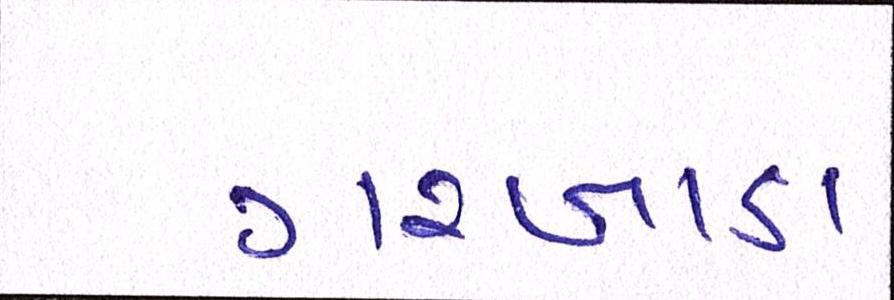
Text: ગરબાડા